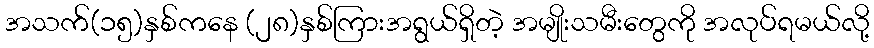
အသက်(၁၅)နှစ်ကနေ (၂၈)နှစ်ကြားအရွယ်ရှိတဲ့ အမျိုးသမီးတွေကို အလုပ်ရမယ်လို့